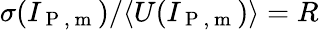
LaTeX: \sigma(I_{\mathrm{~P~,~m~}})/\langle U(I_{\mathrm{~P~,~m~}})\rangle=R